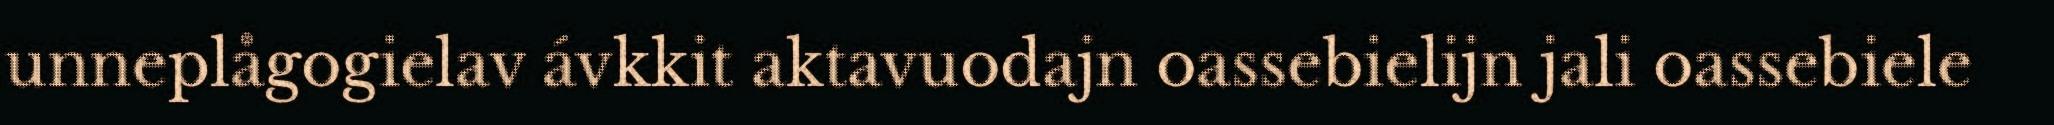
unneplågogielav ávkkit aktavuodajn oassebielijn jali oassebiele